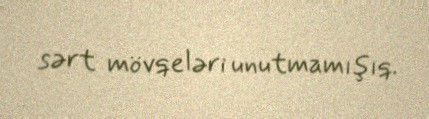
sərt mövqeləri unutmamışıq.